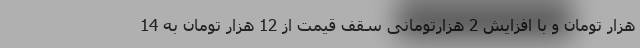
هزار تومان و با افزایش 2 هزارتومانی سقف قیمت از 12 هزار تومان به 14